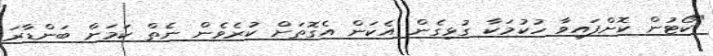
"ކޯޓުން ކޮށްފައިވާ ހުކުމަކާ ގުޅިގެން އެކަން އެގޮތަށް ކުރެވެން ނެތް ކަމަށް ބަންޑާރަ